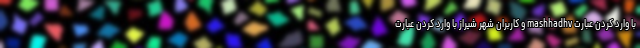
با وارد کردن عبارت mashhadhv و کاربران شهر شیراز با وارد کردن عبارت